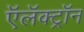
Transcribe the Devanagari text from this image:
ऍलॅक्ट्रॉन